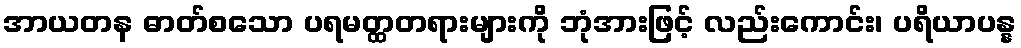
အာယတန ဓာတ်စသော ပရမတ္ထတရားများကို ဘုံအားဖြင့် လည်းကောင်း၊ ပရိယာပန္န